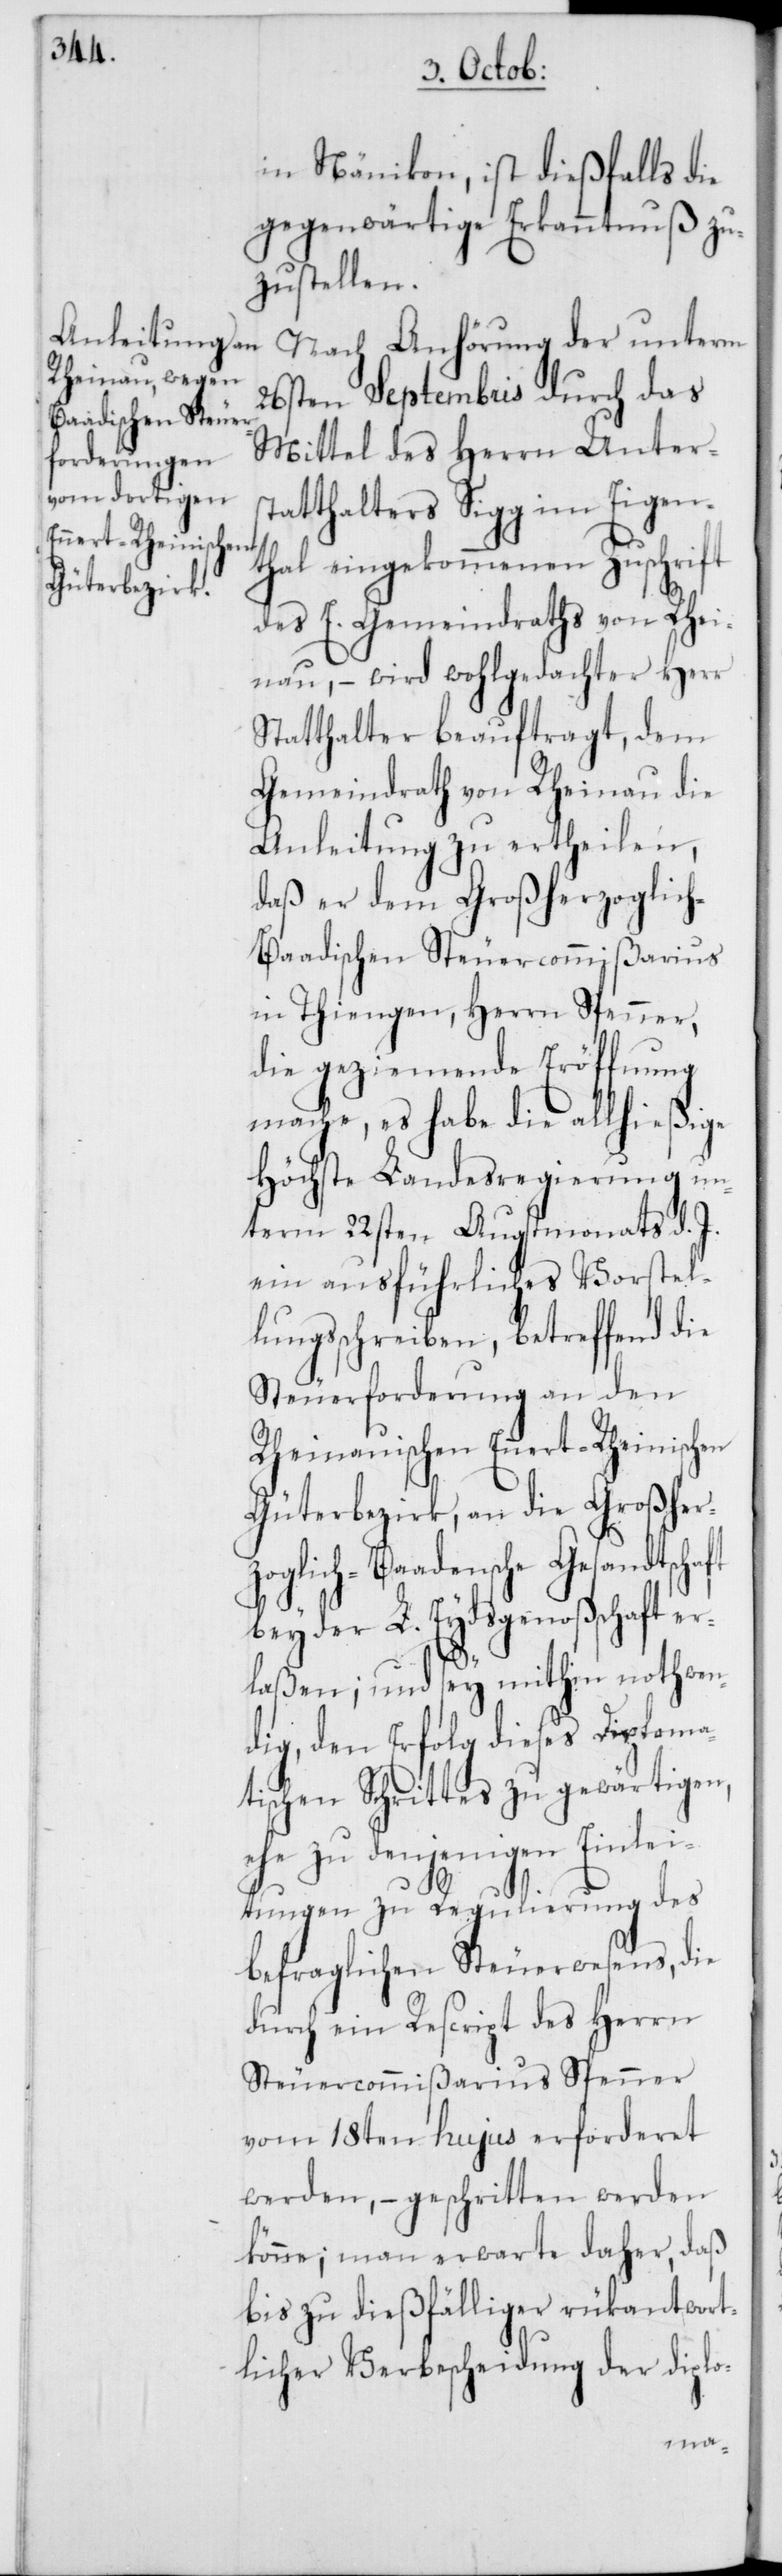
in Nänikon, ist dießfalls die
gegenwärtige Erkanntnuß zu¬
zustellen.
Nach Anhörung der unterm
26sten Septembris durch das
Mittel des Herrn Unter¬
statthalters Sigg im Eigen¬
thal eingekommenen Zuschrift
des E. Gemeindraths von Rhei¬
nau, – wird wohlgedachter Herr
Statthalter beauftragt, dem
Gemeindrath von Rheinau die
Anleitung zu ertheilen,
daß er dem Großherzoglic¬
h-Baadischen Steuercommißarius
in Thiengen, Herrn Spenner,
die geziemende Eröffnung
mache, es habe die allhießige
Höchste Landesregierung un¬
term 22sten Augstmonats d. J.
ein ausführliches Vorstel¬
lungsschreiben, betreffend die
Steuerforderung an den
Rheinauischen Ennert-Rheinischen
Güterbezirk, an die Großher¬
zoglich-Baadensche Gesandtscha¬
bey der L. Eydsgenoßenschaft e¬
rlaßen; und sey mithin nothwen¬
dig, den Erfolg dieses Diploma¬
tischen Schrittes zu gewärtigen,
ehe zu denjenigen Einlei¬
tungen zu Regulierung des
befraglichen Steuerwesens, die
durch ein Rescript des Herrn
Steuercommißarius Spenner
vom 18ten hujus erforderet
werden, – geschritten werden
könne; man erwarte daher, daß
bis zu dießfälliger rükantwort¬
licher Verbescheidung der diplo-
ft